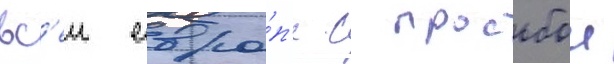
вс'еи евро́п'е с просьбои